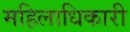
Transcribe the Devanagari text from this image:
महिलाधिकारी